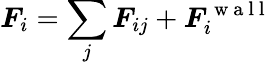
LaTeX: {\boldsymbol{F}_{i}=\sum_{j}\boldsymbol{F}_{ij}+\boldsymbol{F}_{i}^{\mathrm{~w~a~l~l~}}}